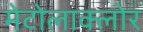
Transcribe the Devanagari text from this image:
मेटोलाक्‍लोर